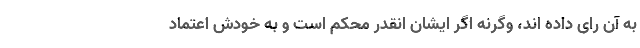
به آن رای داده اند، وگرنه اگر ایشان انقدر محکم است و به خودش اعتماد